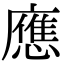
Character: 應